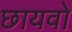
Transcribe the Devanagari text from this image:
छायवो